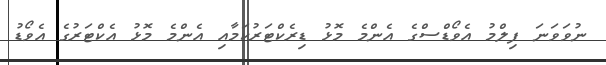
ނުވަވަނަ ފިލްމު އެވޯޑްސްގެ އެންމެ މޮޅު ޑިރެކްޓަރުކަމާއި އެންމެ މޮޅު އެކްޓަރުގެ އެވޯޑު